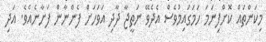
މިކަންތައް ކޮށްފިނަމަ ހަމަގައިމުވެސް އެދެވޭ ނަތީޖާ ދާދި އަވަހަށް ފެންނާން ފަށާނެއެވެ. އަދި